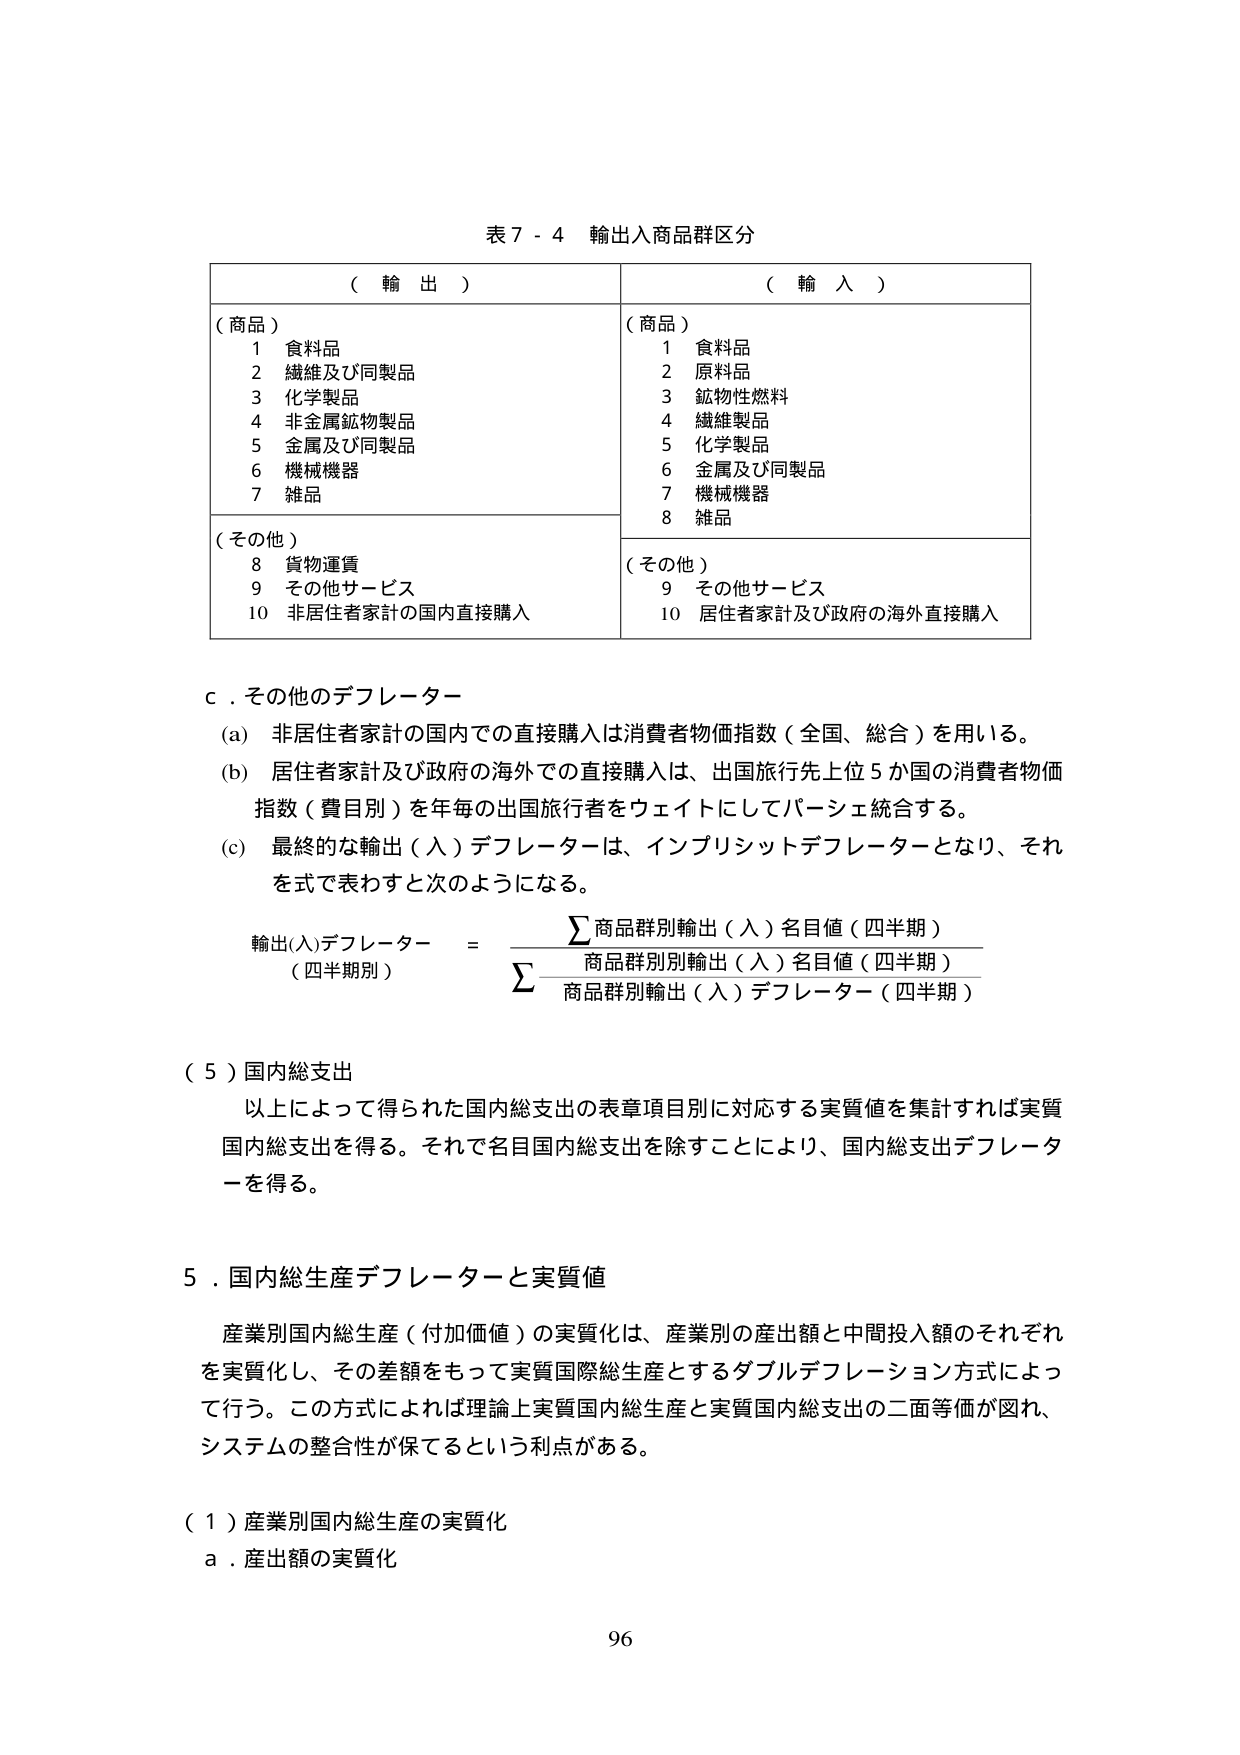
表７－４ 輸出入商品群区分

（輸出）
（商品）
　１ 食料品
　２ 繊維及び同製品
　３ 化学製品
　４ 非金属鉱物製品
　５ 金属及び同製品
　６ 機械機器
　７ 雑品
（その他）
　８ 貨物運賃
　９ その他サービス
　10 非居住者家計の国内直接購入

（輸入）
（商品）
　１ 食料品
　２ 原料品
　３ 鉱物性燃料
　４ 繊維製品
　５ 化学製品
　６ 金属及び同製品
　７ 機械機器
　８ 雑品
（その他）
　９ その他サービス
　10 居住者家計及び政府の海外直接購入

ｃ．その他のデフレーター
（a） 非居住者家計の国内での直接購入は消費者物価指数（全国、総合）を用いる。
（b） 居住者家計及び政府の海外での直接購入は、出国旅行先上位５か国の消費者物価指数（費目別）を年毎の出国旅行者をウェイトにしてパーシェ統合する。
（c） 最終的な輸出（入）デフレーターは、インプリシットデフレーターとなり、それを式で表わすと次のようになる。

輸出(入)デフレーター（四半期別）＝ Σ商品群別輸出（入）名目値（四半期）／Σ商品群別輸出（入）名目値（四半期）／商品群別輸出（入）デフレーター（四半期）

（５）国内総支出
　以上によって得られた国内総支出の表章項目別に対応する実質値を集計すれば実質国内総支出を得る。それで名目国内総支出を除すことにより、国内総支出デフレーターを得る。

５．国内総生産デフレーターと実質値
　産業別国内総生産（付加価値）の実質化は、産業別の産出額と中間投入額のそれぞれを実質化し、その差額をもって実質国際総生産とするダブルデフレーション方式によって行う。この方式によれば理論上実質国内総生産と実質国内総支出の二面等価が図れ、システムの整合性が保てるという利点がある。

（１）産業別国内総生産の実質化
　ａ．産出額の実質化

96